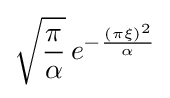
{\sqrt {\frac {\pi }{\alpha }}}\,e^{-{\frac {(\pi \xi )^{2}}{\alpha }}}